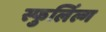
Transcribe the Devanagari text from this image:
स्फुलिंल्ग